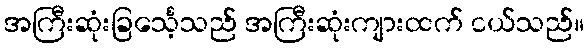
အကြီးဆုံးခြင်္သေ့သည် အကြီးဆုံးကျားထက် ငယ်သည်။